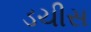
ડચીસ